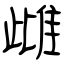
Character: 雌